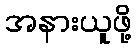
အနားယူဖို့